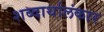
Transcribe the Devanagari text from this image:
शब्दार्थालंकार